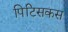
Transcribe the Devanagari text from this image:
पिटिसकस